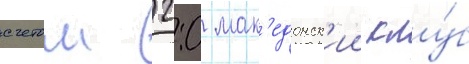
счетом 2:0 мак'едонск'ии клу́б